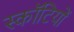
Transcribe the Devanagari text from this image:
स्कॉटियों